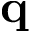
\mathbf { q }